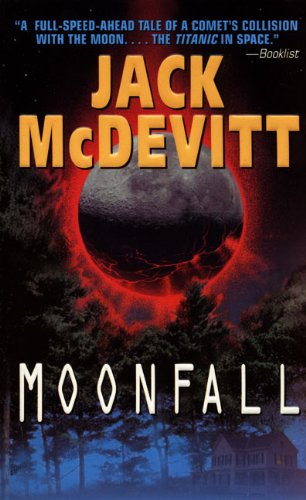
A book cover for Moonfall; Jack McDevitt; Science Fiction & Fantasy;